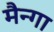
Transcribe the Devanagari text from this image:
मैन्गा